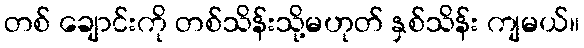
တစ် ချောင်းကို တစ်သိန်းသို့မဟုတ် နှစ်သိန်း ကျမယ်။